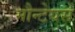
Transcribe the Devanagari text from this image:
मौन्टेयर्स